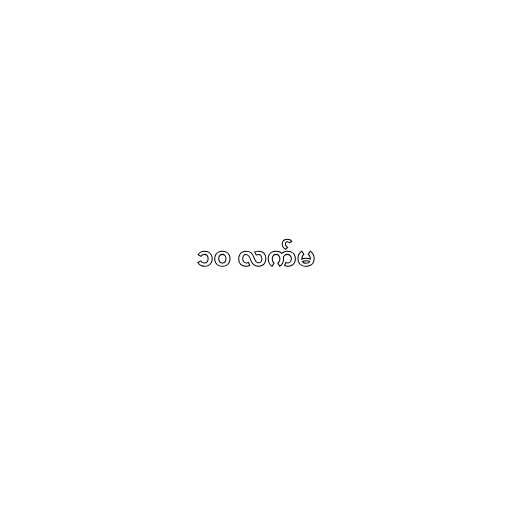
၁၀ လက်မ